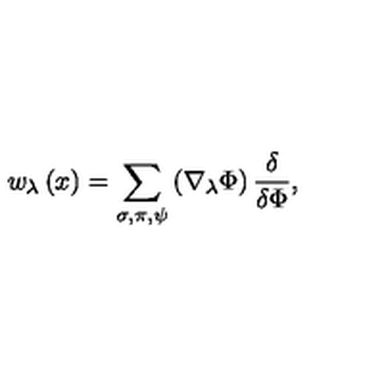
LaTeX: w _ { \lambda } \left( x \right) = \sum _ { \sigma , \pi , \psi } \left( \nabla _ { \lambda } \Phi \right) \frac \delta { \delta \Phi } ,